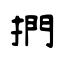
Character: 捫